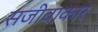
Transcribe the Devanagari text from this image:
सजीवाकार